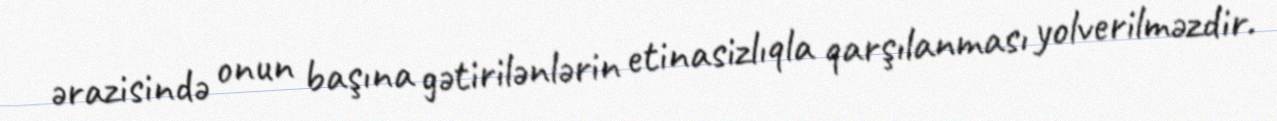
ərazisində onun başına gətirilənlərin etinasizlıqla qarşılanması yolverilməzdir.